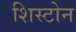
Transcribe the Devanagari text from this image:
शिस्टोन